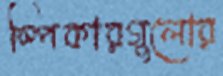
স্পিকারগুলোর